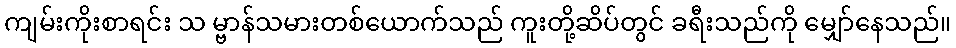
ကျမ်းကိုးစာရင်း သ မ္ဗာန်သမားတစ်ယောက်သည် ကူးတို့ဆိပ်တွင် ခရီးသည်ကို မျှော်နေသည်။